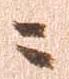
ニ